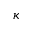
\kappa